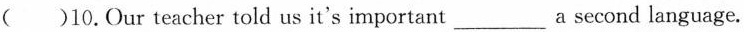
( )10.Our teacher told us it's important___a second language.